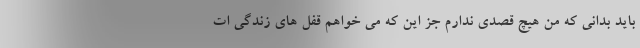
باید بدانی که من هیچ قصدی ندارم جز این که می خواهم قفل های زندگی ات